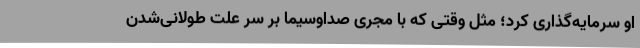
او سرمایه‌گذاری کرد؛ مثل وقتی که با مجری صداوسیما بر سر علت طولانی‌شدن